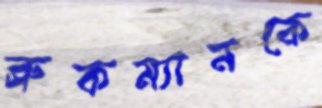
ব্রুকম্যানকে